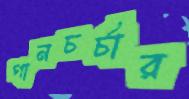
গানচর্চার